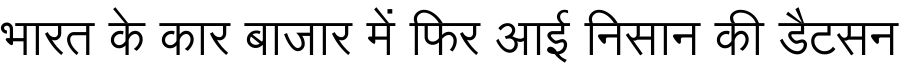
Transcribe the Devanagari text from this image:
भारत के कार बाजार में फिर आई निसान की डैटसन